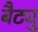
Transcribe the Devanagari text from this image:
बैट्यु